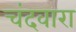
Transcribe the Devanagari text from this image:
चंदवारा